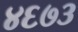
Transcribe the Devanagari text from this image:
४६७३